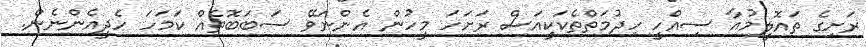
ރަށިގެ ތައޮލީމުއާ ސިއްހީ ހިދުމަތްތެކަކީއަސް ރަށަހަ މީހުން އެންނަވޭ ސަބަބޮތެއް ކަމަހަ ހެދީއެންނެން.